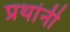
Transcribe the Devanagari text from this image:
प्रथांनी